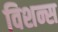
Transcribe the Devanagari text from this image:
विशन्स